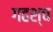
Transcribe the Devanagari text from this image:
गहश्च